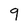
Character: 9